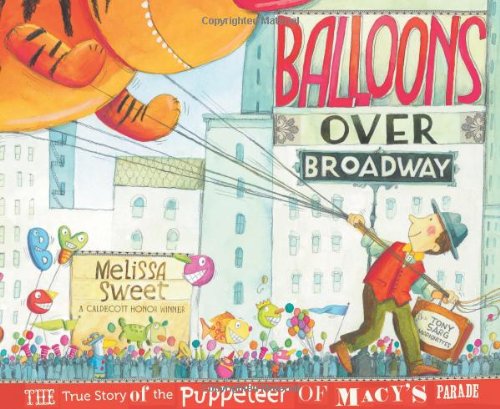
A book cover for Balloons over Broadway: The True Story of the Puppeteer of Macy's Parade (Bank Street College of Education Flora Stieglitz Straus Award (Awards)); Melissa Sweet; Children's Books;